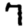
Digit: 7